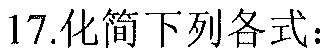
17.化简下列各式：